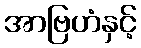
အာဗြဟံနှင့်